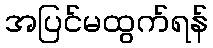
အပြင်မထွက်ရန်